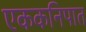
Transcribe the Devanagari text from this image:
एककनिपात